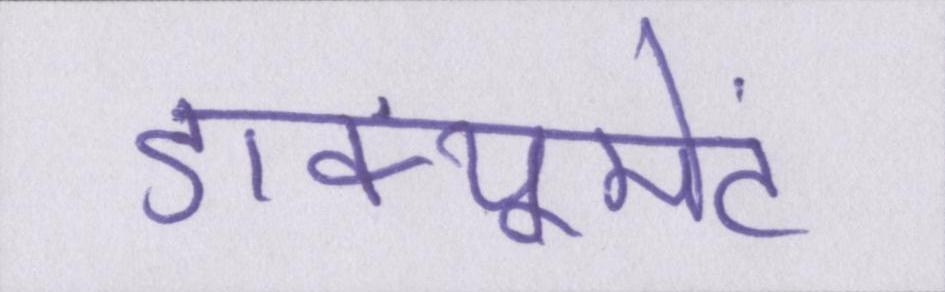
डाक्यूमेंट